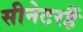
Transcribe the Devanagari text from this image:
सीनेटरहैं